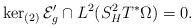
LaTeX: \begin{align*}\ker_{(2)}\mathcal{E}_g'\cap L^2(S^2_HT^*\Omega)=0.\end{align*}